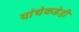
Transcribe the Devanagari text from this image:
यांचेकडेही